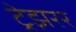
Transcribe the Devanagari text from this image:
ट्रेझरर